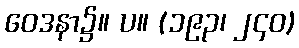
ဝေဒနာ၌။ ပ။ (၁၉၃၊ ၂၄၀)